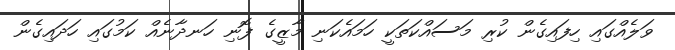
ވަލެއްގައި ހިފައިގެން ކުރި މަސައްކަތަކީ ހަމައެކަނި މާޒީގެ ފޮނި ހަނދާނެއް ކަމުގައި ހަދައިގެން